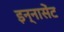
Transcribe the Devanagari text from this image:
इन्नासेंट